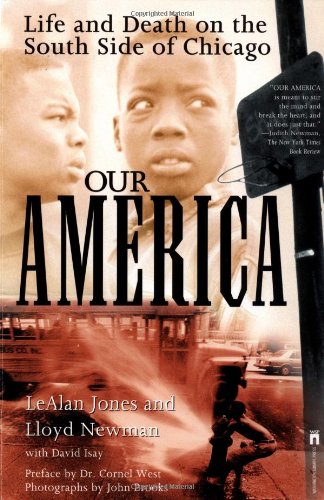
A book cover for Our America: Life and Death on the South Side of Chicago; LeAlan Jones; Arts & Photography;